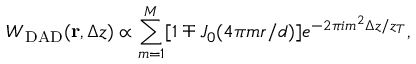
W _ { \mathrm { D A D } } ( { \bf r } , \Delta z ) \propto \sum _ { m = 1 } ^ { M } [ 1 \mp J _ { 0 } ( 4 \pi m r / d ) ] e ^ { - 2 \pi i m ^ { 2 } \Delta z / z _ { T } } ,